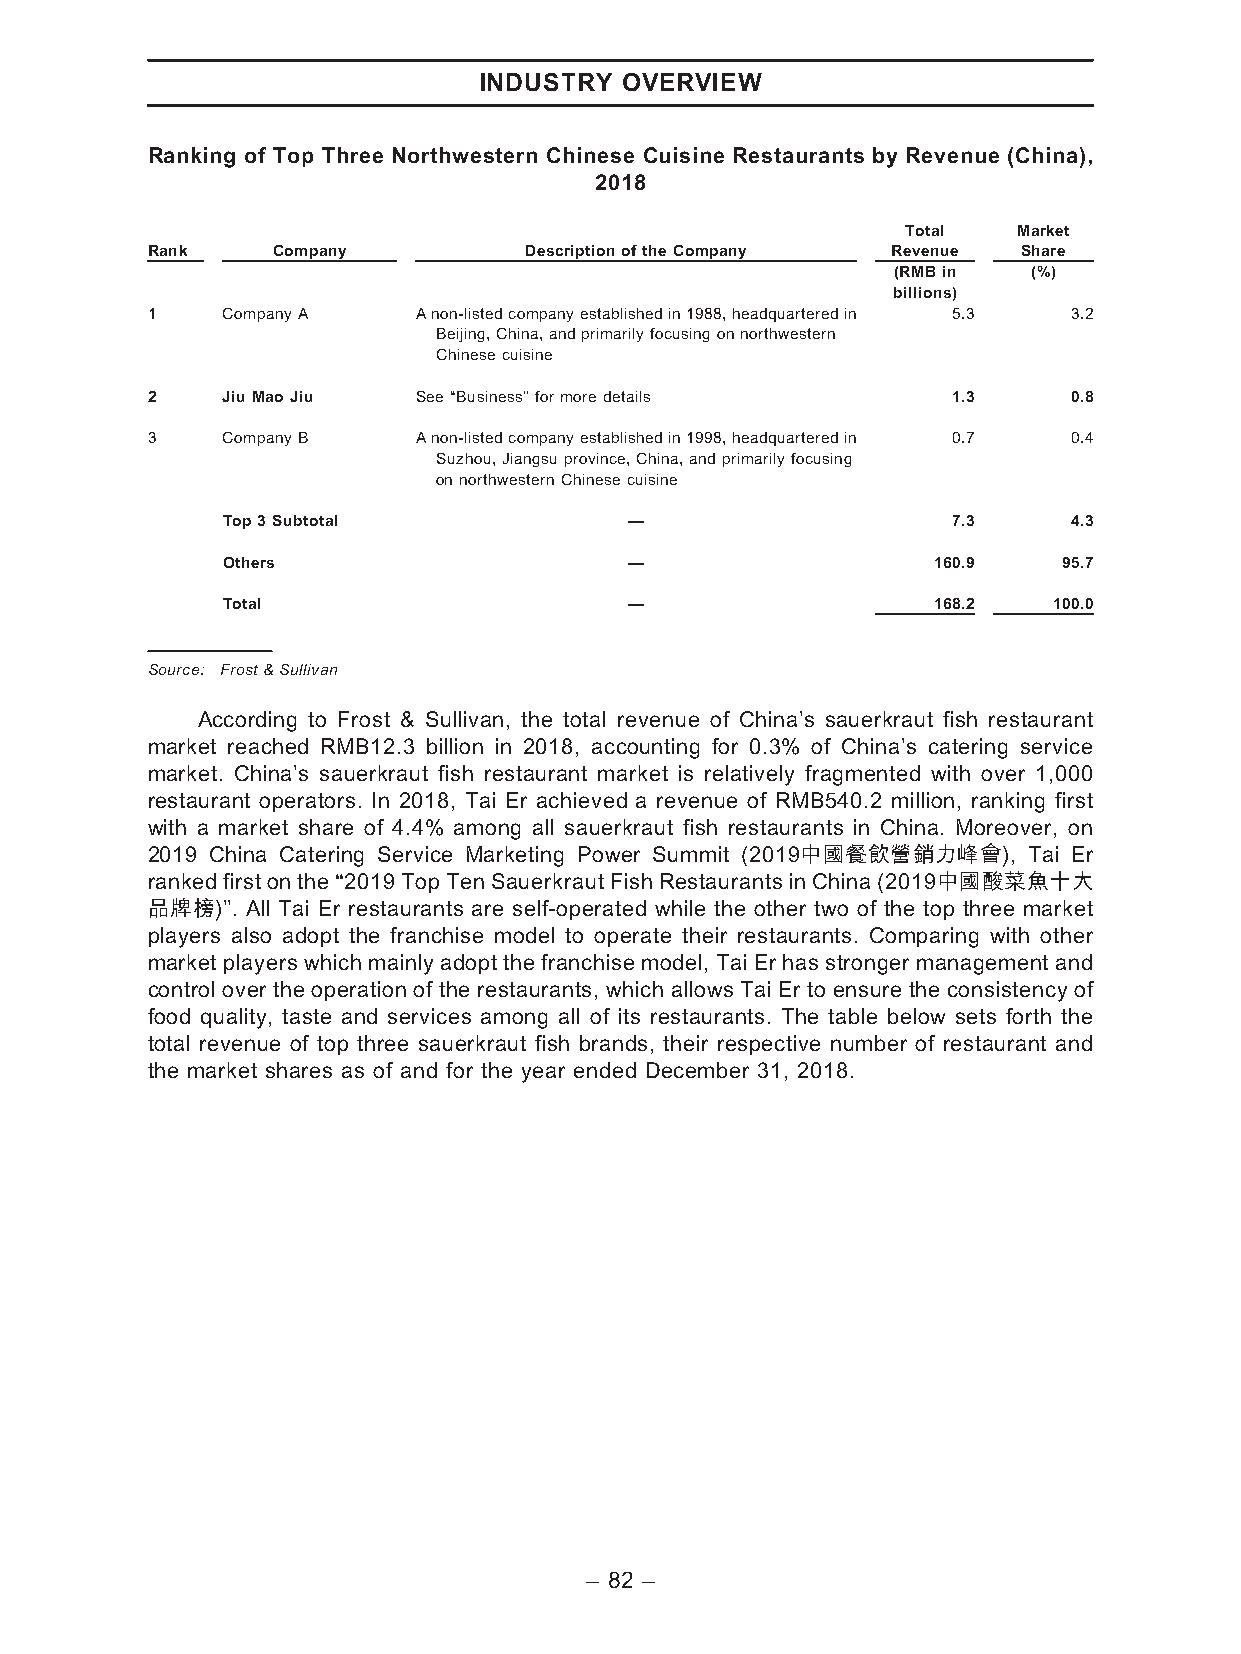
INDUSTRY OVERVIEW
 Ranking of Top Three Northwestern Chinese Cuisine Restaurants by Revenue (China),
 2018
 Total  Market
 Rank    Company          DescriptionoftheCompany Revenue  Share
 (RMBin   (%)
 billions)
 1    CompanyA    Anon-listedcompanyestablishedin1988,headquarteredin 5.3 3.2
 Beijing,China,andprimarilyfocusingonnorthwestern
 Chinesecuisine
 2    JiuMaoJiu    See‘‘Business’’formoredetails      1.3     0.8
 3    CompanyB    Anon-listedcompanyestablishedin1998,headquarteredin 0.7 0.4
 Suzhou,Jiangsuprovince,China,andprimarilyfocusing
 onnorthwesternChinesecuisine
 Top3Subtotal               —                    7.3     4.3
 Others                     —                   160.9   95.7
 Total                      —                   168.2   100.0
 Source: Frost&Sullivan
 According to Frost & Sullivan, the total revenue of China’s sauerkraut fish restaurant
 market reached RMB12.3 billion in 2018, accounting for 0.3% of China’s catering service
 market. China’s sauerkraut fish restaurant market is relatively fragmented with over 1,000
 restaurant operators. In 2018, Tai Er achieved a revenue of RMB540.2 million, ranking first
 with a market share of 4.4% among all sauerkraut fish restaurants in China. Moreover, on
 2019 China Catering Service Marketing Power Summit (2019中國餐飲營銷力峰會), Tai Er
 rankedfirst on the ‘‘2019 Top Ten Sauerkraut Fish RestaurantsinChina(2019中國酸菜魚十大
 品牌榜)’’. All Tai Er restaurants are self-operated while the other two of the top three market
 players also adopt the franchise model to operate their restaurants. Comparing with other
 market players which mainly adopt the franchise model, Tai Er has stronger management and
 control over the operation of the restaurants, which allows Tai Er to ensure the consistency of
 food quality, taste and services among all of its restaurants. The table below sets forth the
 total revenue of top three sauerkraut fish brands, their respective number of restaurant and
 the market shares as of and for the year ended December 31, 2018.
 – 82 –